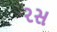
રસ